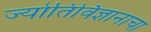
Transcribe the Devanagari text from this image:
ज्योतिर्विज्ञानाचा